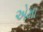
એમા